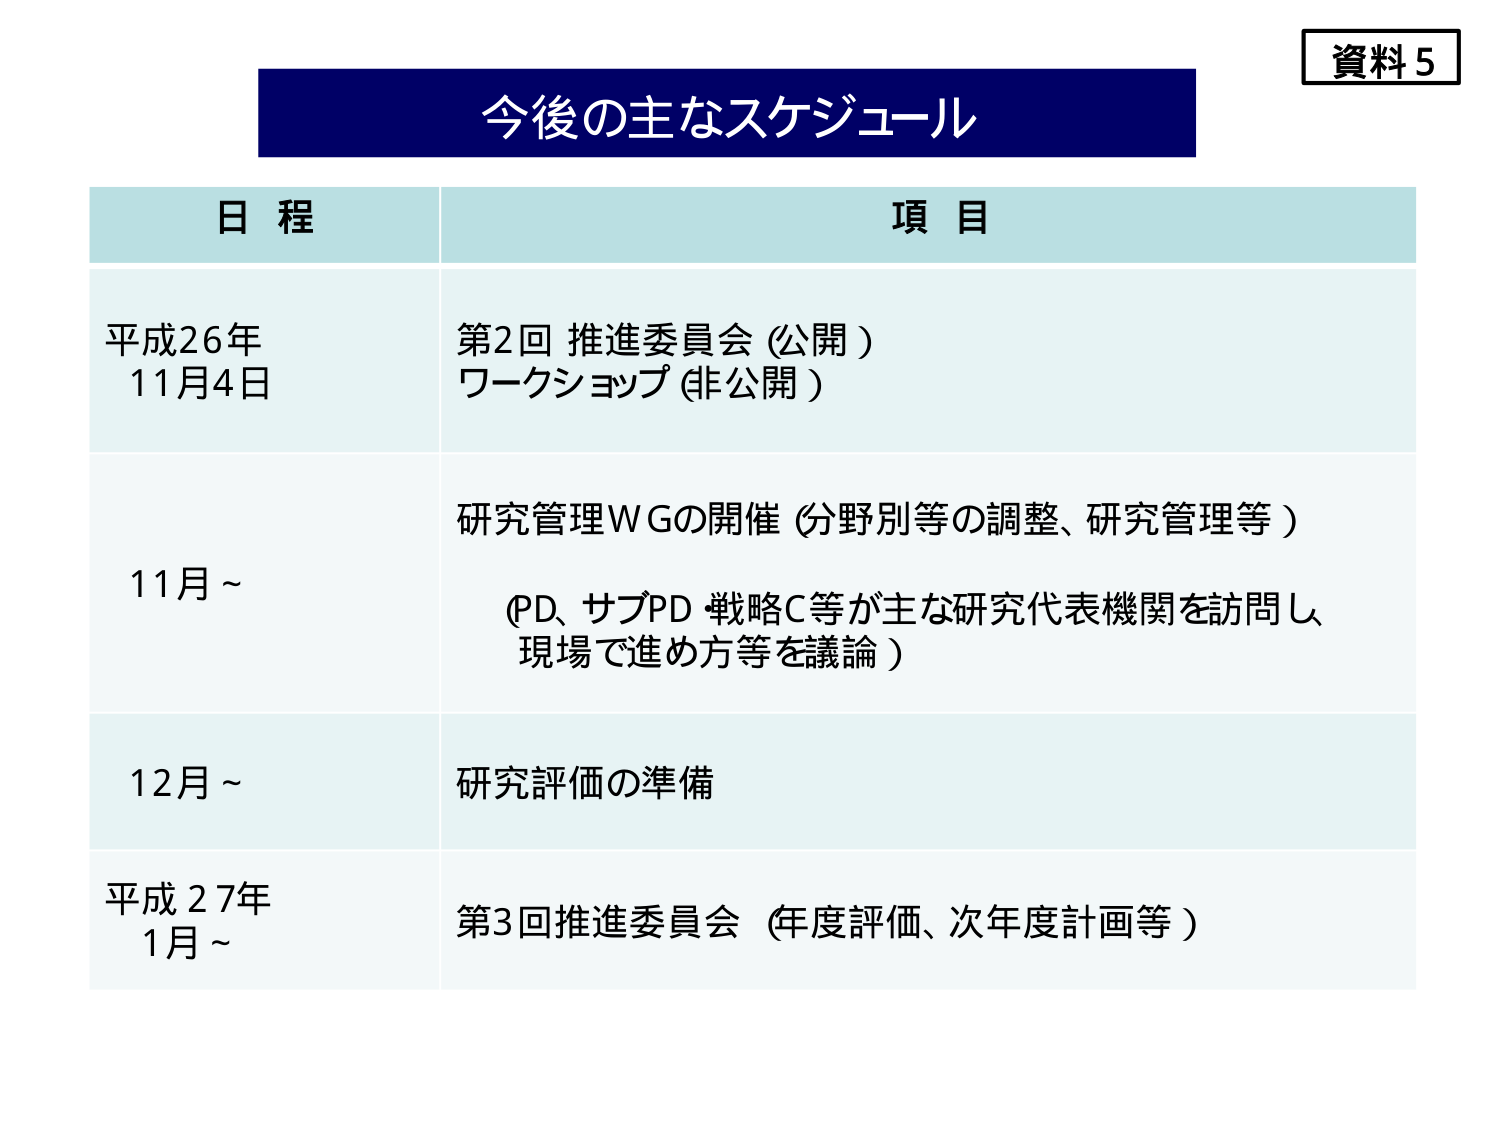
資料5
今後の主なスケジュール
日程 項目
平成26年 11月4日 第2回 推進委員会（公開）
ワークショップ（非公開）
11月～ 研究管理WGの開催（分野別等の調整、研究管理等）
（PD、サブPD・戦略C等が主な研究代表機関を訪問し、
現場で進め方等を議論）
12月～ 研究評価の準備
平成27年 1月～ 第3回推進委員会（年度評価、次年度計画等）